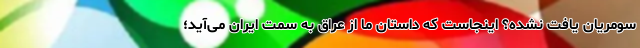
سومریان یافت نشده؟ اینجاست که داستان ما از عراق به سمت ایران می‌آید؛